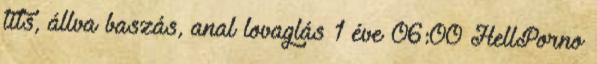
tits, állva baszás, anal lovaglás 1 éve 06:00 HellPorno